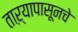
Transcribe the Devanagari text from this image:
ताऱ्यापासूनचे